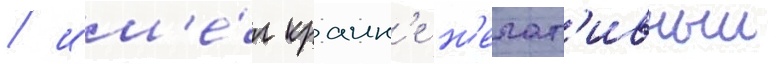
/ им'е́л краин'е н'егат'ивныи